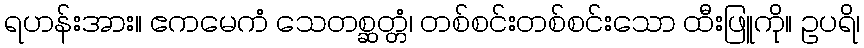
ရဟန်းအား။ ဧကမေကံ သေတစ္ဆတ္တံ၊ တစ်စင်းတစ်စင်းသော ထီးဖြူကို။ ဥပရိ၊